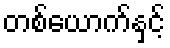
တစ်ယောက်နှင့်